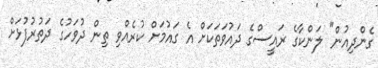
ގެންދިއުން" ލަންކާގެ ރައީސްގެ ދައުވަތަކަށް އެ ގައުމަށް ކުރެއްވި ތިން ދުވަހުގެ ދަތުރުފުޅަށް